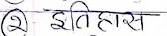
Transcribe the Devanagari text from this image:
२ इतिहास